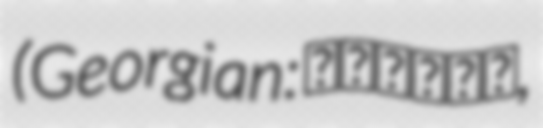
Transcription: (Georgian: სხვილო,